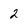
Character: 2